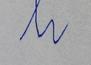
Signature authenticity: forged